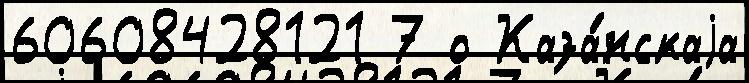
60608428121 7 о Каза́нскаjа